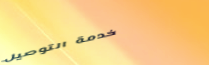
خدمة التوصيل